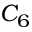
C _ { 6 }